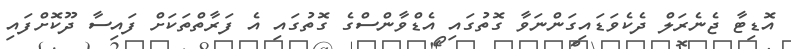
އޮޑިޓާ ޖެނެރަލް ދެކެވަޑައިގަންނަވާ ގޮތުގައި އެޑްވާންސްގެ ގޮތުގައި އެ ފަރާތްތަކަށް ފައިސާ ދޫކޮށްފައި